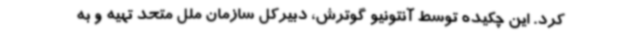
کرد. این چکیده توسط آنتونیو گوترش، دبیرکل سازمان ملل متحد تهیه و به